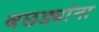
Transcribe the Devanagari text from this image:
बछड्यांना